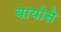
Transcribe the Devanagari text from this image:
बायोसे